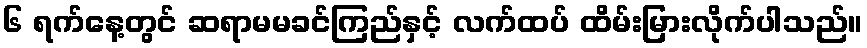
၆ ရက်နေ့တွင် ဆရာမမခင်ကြည်နှင့် လက်ထပ် ထိမ်းမြားလိုက်ပါသည်။